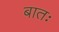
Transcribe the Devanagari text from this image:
बातः